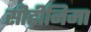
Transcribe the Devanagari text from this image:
सीढ़ीनिमा